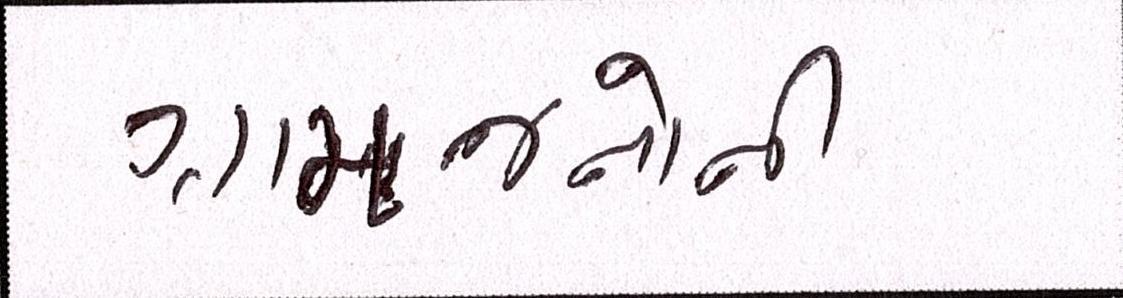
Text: ગ્રામજનોની